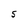
Character: S